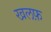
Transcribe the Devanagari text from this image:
खलफ़